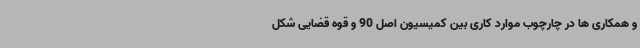
و همکاری ها در چارچوب موارد کاری بین کمیسیون اصل 90 و قوه قضایی شکل